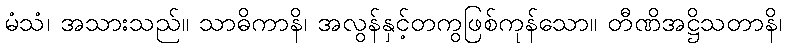
မံသံ၊ အသားသည်။ သာဓိကာနိ၊ အလွန်နှင့်တကွဖြစ်ကုန်သော။ တီဏိအဋ္ဌိသတာနိ၊